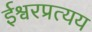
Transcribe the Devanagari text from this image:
ईश्वरप्रत्यय